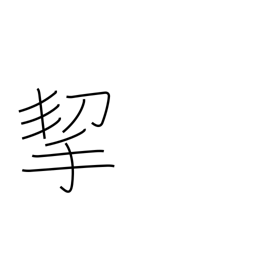
Meaning: carry by hand